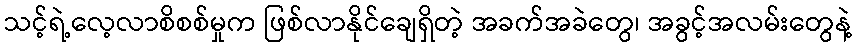
သင့်ရဲ့လေ့လာစိစစ်မှုက ဖြစ်လာနိုင်ချေရှိတဲ့ အခက်အခဲတွေ၊ အခွင့်အလမ်းတွေနဲ့